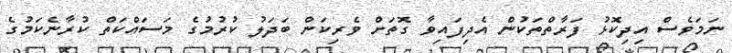
ނަމަވެސް އިދިކޮޅު ފަރާތްތަކުން އެދިފައިވާ ގޮތަށް ވެރިކަން ބަދަލު ކުރުމުގެ މަސައްކަތް ކުރާނެކަމުގެ